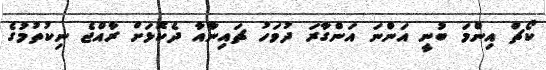
ކޯޗް އިންމަ ބުނީ އަންނަ އަންގާރަ ދުވަހު ޗައިނާއާ ދެކޮޅަށް ރާއްޖެ ނިކުތުމުގެ